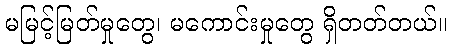
မမြင့်မြတ်မှုတွေ၊ မကောင်းမှုတွေ ရှိတတ်တယ်။